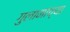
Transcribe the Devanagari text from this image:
गुलामांच्या